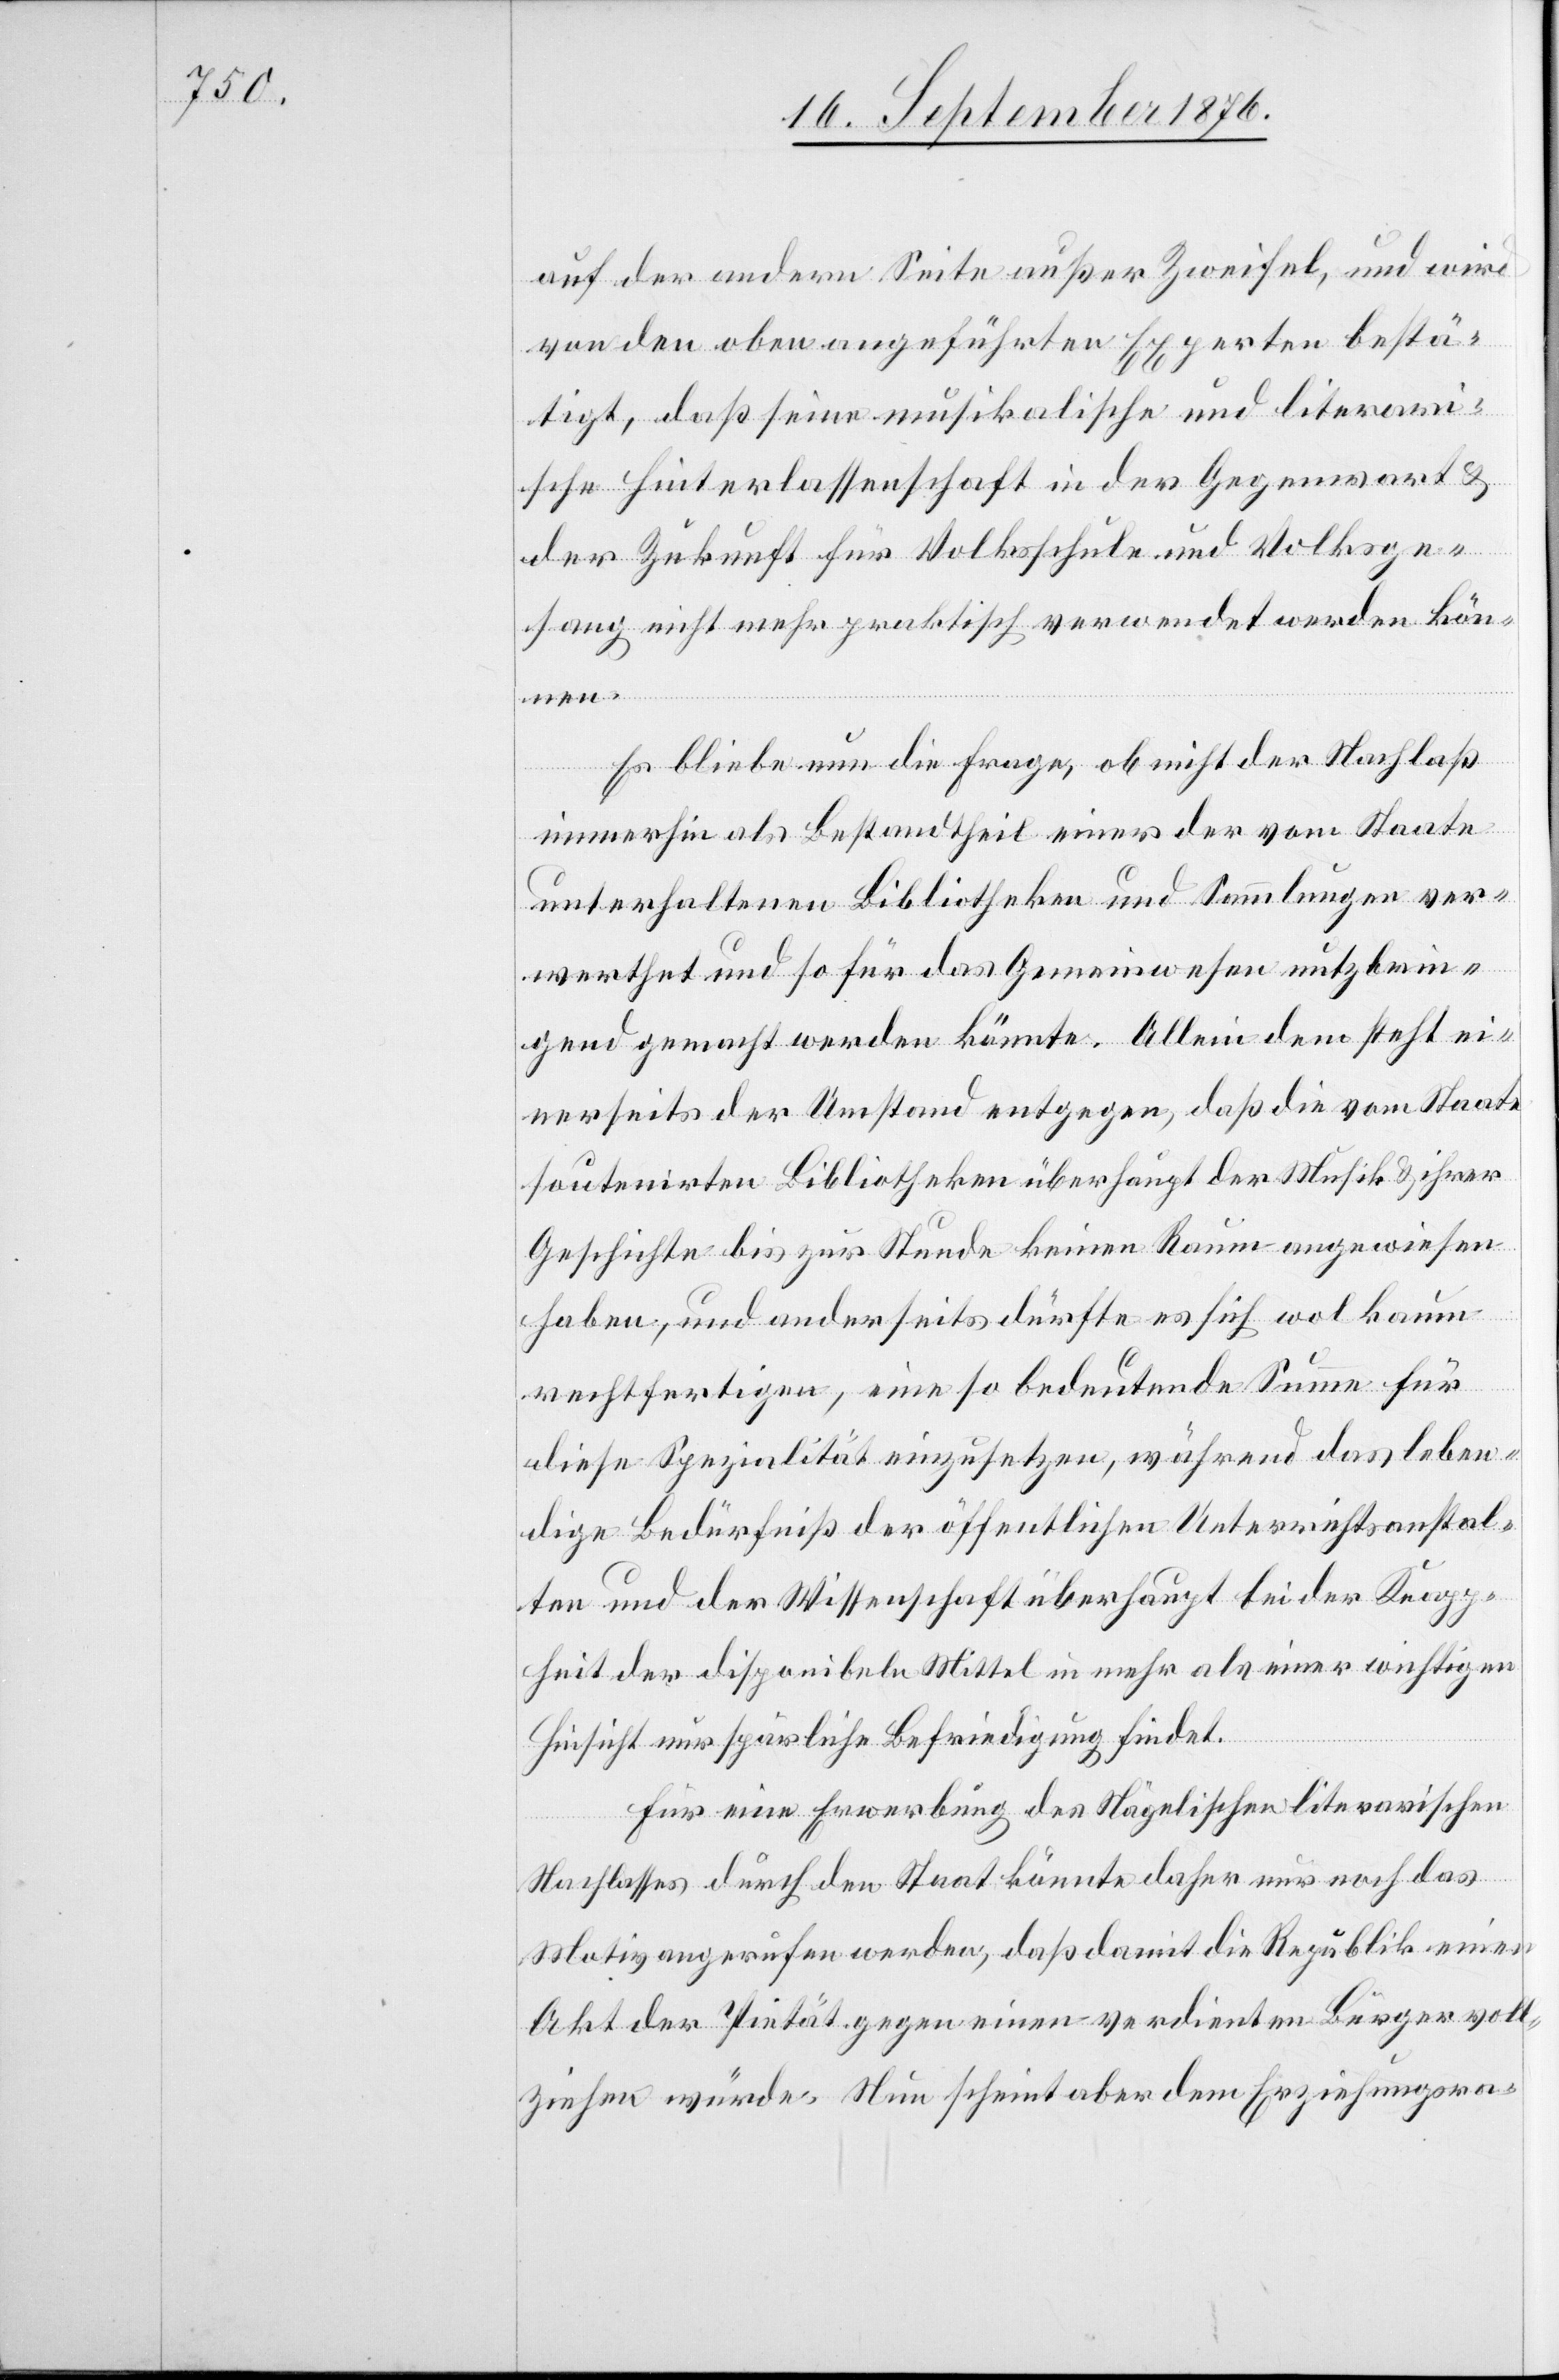
auf der andern Seite außer Zweifel, und wird
von den oben angeführten Experten bestä¬
tigt, daß seine musikalische und literar¬
ische Hinterlassenschaft in der Gegenwart &
der Zukunft für Volksschule und Volksge¬
sang nicht mehr praktisch verwendet werden kön¬
nen.
Es bliebe nun die Frage, ob nicht der Nachlaß
immerhin als Bestandtheil einer der vom Staate
unterhaltenen Bibliotheken und Sammlungen ver¬
werthet und so für das Gemeinwesen nutzbrin¬
gend gemacht werden könnte. Allein dem steht ei¬
nerseits der Umstand entgegen, daß die vom Staate
soutenirten Bibliotheken überhaupt der Musik & ihrer
Geschichte bis zur Stunde keinen Raum angewiesen
haben, und anderseits dürfte es sich wol kaum
rechtfertigen, eine so bedeutende Summe für
diese Spezialität einzusetzen, während das leben¬
dige Bedürfniß der öffentlichen Unterrichtsanstal¬
ten und der Wissenschaft überhaupt bei der Knapp¬
heit der disponibeln Mittel in mehr als einer wichtigen
Hinsicht nur spärliche Befriedigung findet.
Für eine Erwerbung des Nägelischen literarischen
Nachlasses durch den Staat könnte daher nur noch das
Motiv angerufen werden, daß damit die Republik einen
Akt der Pietät gegen einen verdienten Bürger voll¬
ziehen würde. Nun scheint aber dem Erziehungsra-